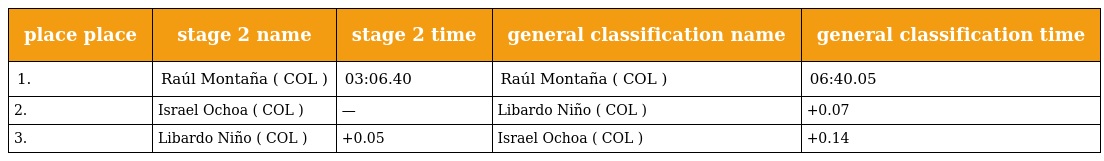
| place place | stage 2 name | stage 2 time | general classification name | general classification time |
 | --- | --- | --- | --- | --- |
 | 1. | Raúl Montaña ( COL ) | 03:06.40 | Raúl Montaña ( COL ) | 06:40.05 |
 | 2. | Israel Ochoa ( COL ) | — | Libardo Niño ( COL ) | +0.07 |
 | 3. | Libardo Niño ( COL ) | +0.05 | Israel Ochoa ( COL ) | +0.14 |